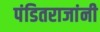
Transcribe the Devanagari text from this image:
पंडितराजांनी